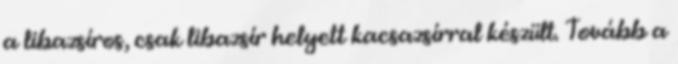
a libazsíros, csak libazsír helyett kacsazsírral készült. Tovább a